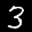
Label: 3